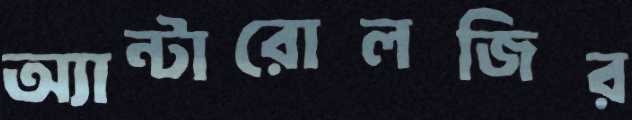
অ্যান্টারোলজির